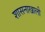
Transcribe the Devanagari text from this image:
शासनाखाली